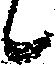
候